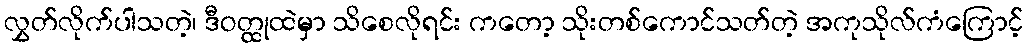
လွှတ်လိုက်ပါသတဲ့၊ ဒီဝတ္ထုထဲမှာ သိစေလိုရင်း ကတော့ သိုးတစ်ကောင်သတ်တဲ့ အကုသိုလ်ကံကြောင့်